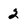
Character: 2